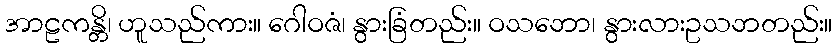
အာဠကန္တိ၊ ဟူသည်ကား။ ဂေါဝဇံ၊ နွားခြံတည်း။ ဝသဘော၊ နွားလားဥသဘတည်း။